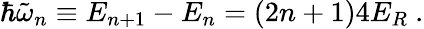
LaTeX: \hbar\tilde{\omega}_{n}\equiv E_{n+1}-E_{n}=(2n+1)4E_{R}\ .